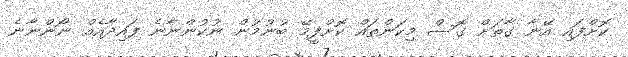
ކޮށްފައި އޭނާ ގާތަށް ގޮސް މިކަންތައް ކޮށްފީމޭ ބުނުމުން ނުކުންނާނެ ފައިދާއެއް ނޯންނާނެ